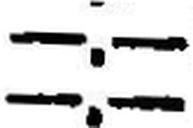
—.—